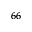
^ { 6 6 }